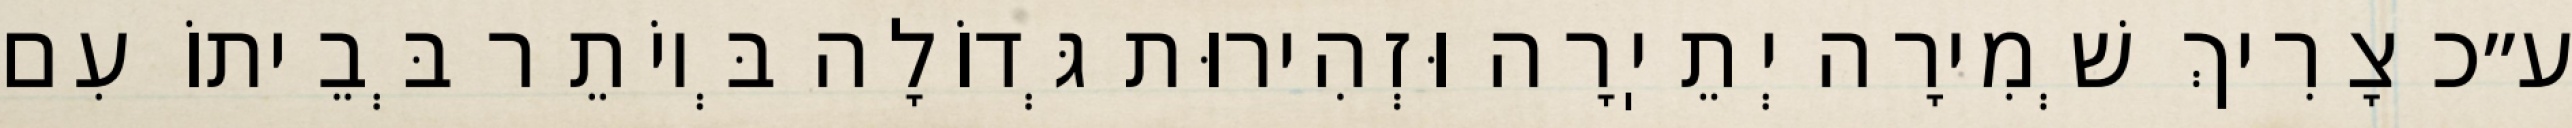
ע״כ צָרִיךְ שְׁמִירָה יְתֵיֽרָה וּזְהִירוּת גְּדוֹלָה בְּיוֹתֵר בְּבֵיתוֹ עִם